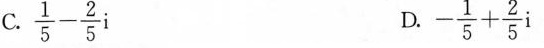
C.$$\frac{ 1 }{ 5 } - \frac{ 2 }{ 5 } i$$ D. $$- \frac{ 1 }{ 5 } + \frac{ 2 }{ 5 } i$$